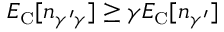
E _ { \scriptscriptstyle \mathrm { C } } [ n _ { \gamma ^ { \prime } \gamma } ] \geq \gamma E _ { \scriptscriptstyle \mathrm { C } } [ n _ { \gamma ^ { \prime } } ]